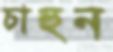
চাহুন